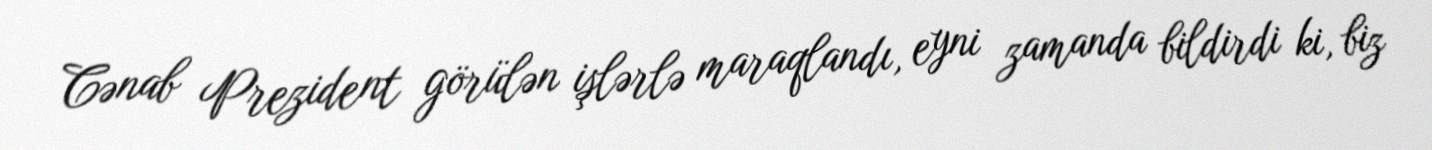
Cənab Prezident görülən işlərlə maraqlandı, eyni zamanda bildirdi ki, biz